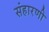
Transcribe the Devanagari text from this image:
संहारणी